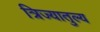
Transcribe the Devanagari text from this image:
त्रिज्यातुल्य